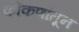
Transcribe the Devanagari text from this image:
कोंकणांतून